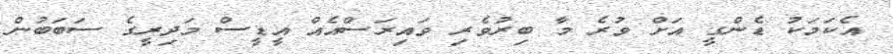
އެކަމަކު ޑެންގީ އަށް ވުރެ މާ ބިރުވެރި ވައިރަސްއެއް އީޑީސް މަދިރީގެ ސަބަބުން